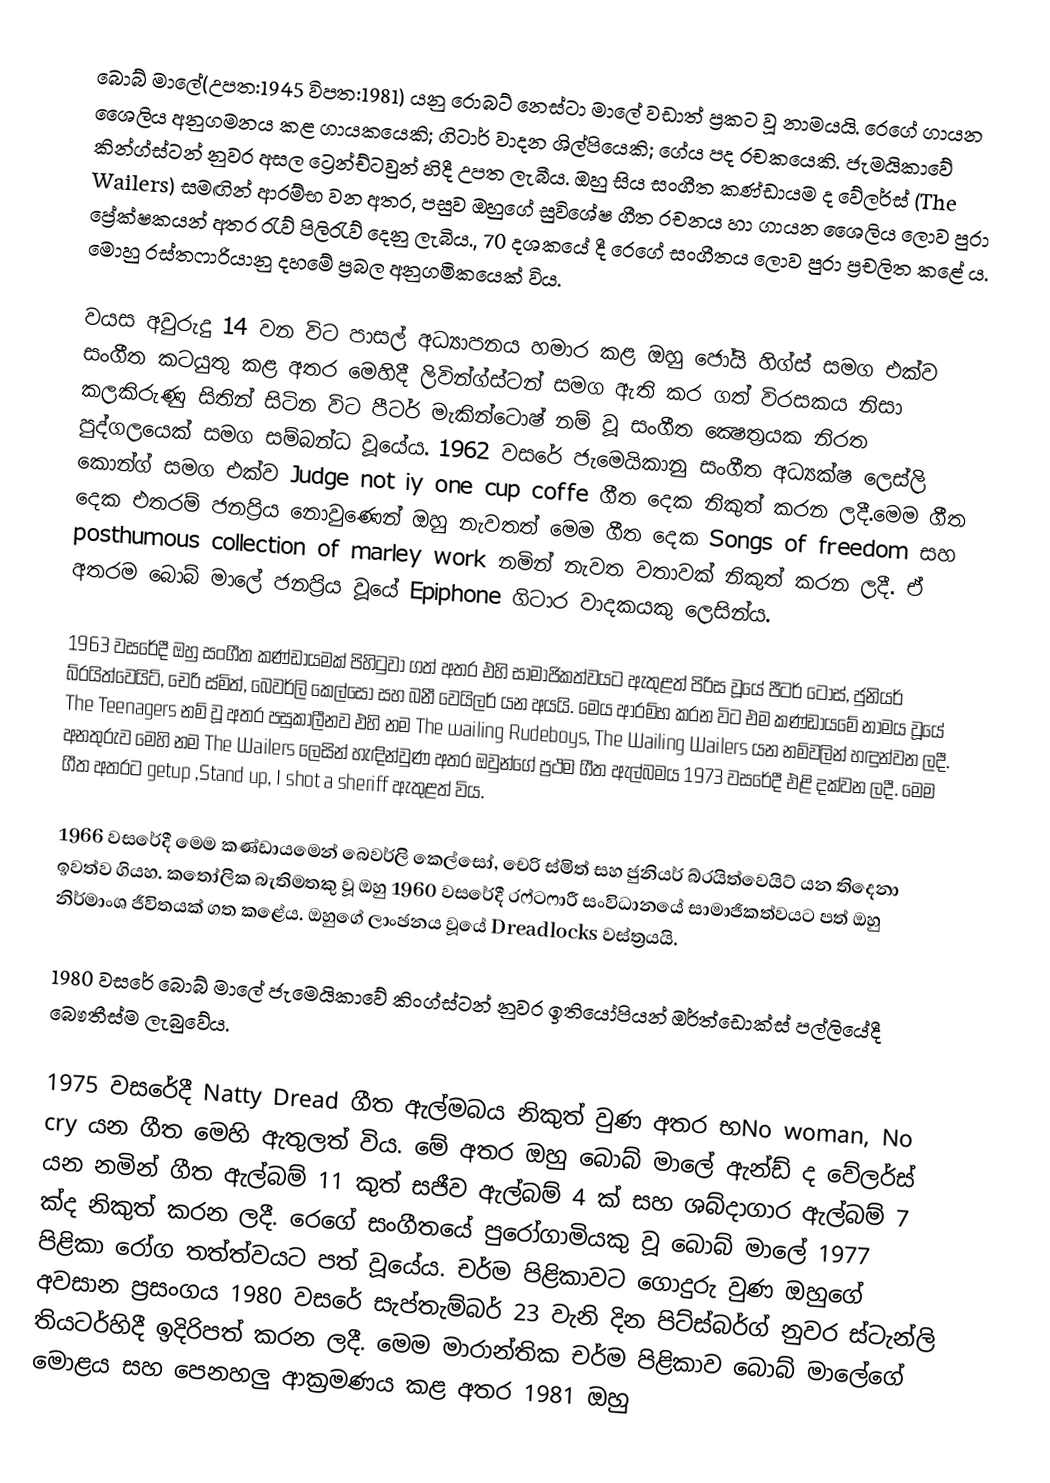
බොබ් මාලේ(උපත:1945 විපත:1981) යනු රොබට් නෙස්ටා මාලේ වඩාත් ප්‍රකට වූ නාමයයි. රෙගේ ගායන ශෛලිය අනුගමනය කළ ගායකයෙකි; ගිටාර් වාදන ශිල්පියෙකි; ගේය පද රචකයෙකි. ජැමයිකාවේ කින්ග්ස්ටන් නුවර අසල ට්‍රෙන්ච්ටවුන් හිදී උපත ලැබීය. ඔහු සිය සංගීත කණ්ඩායම ද වේලර්ස් (The Wailers) සමඟින් ආරම්භ වන අතර, පසුව ඔහුගේ සුවිශේෂ ගීත රචනය හා ගායන ශෛලිය ලොව පුරා ප්‍රේක්ෂකයන් අතර රැව් පිලිරැව් දෙනු ලැබිය., 70 දශකයේ දී රෙගේ සංගීතය ලොව පුරා ප්‍රචලිත කළේ ය​. මොහු රස්තෆාරියානු දහමේ ප්‍රබල අනුගමිකයෙක් විය​.

වයස අවුරුදු 14 වන විට පාසල් අධ්‍යාපනය හමාර කළ ඔහු ජෝයි හිග්ස්‌ සමග එක්‌ව සංගීත කටයුතු කළ අතර මෙහිදී ලිවින්ග්ස්‌ටන් සමග ඇති කර ගත් විරසකය නිසා කලකිරුණු සිතින් සිටින විට පීටර් මැකින්ටොෂ් නම් වූ සංගීත ක්‍ෂෙත්‍රයක නිරත පුද්ගලයෙක්‌ සමග සම්බන්ධ වූයේය. 1962 වසරේ ජැමෙයිකානු සංගීත අධ්‍යක්‌ෂ ලෙස්‌ලි කොන්ග් සමග එක්‌ව Judge not iy one cup coffe ගීත දෙක නිකුත් කරන ලදී.මෙම ගීත දෙක එතරම් ජනප්‍රිය නොවුණෙන් ඔහු නැවතත් මෙම ගීත දෙක Songs of freedom සහ posthumous collection of marley work නමින් නැවත වතාවක්‌ නිකුත් කරන ලදී. ඒ අතරම බොබ් මාලේ ජනප්‍රිය වූයේ Epiphone ගිටාර වාදකයකු ලෙසින්ය.

1963 වසරේදී ඔහු සංගීත කණ්‌ඩායමක්‌ පිහිටුවා ගත් අතර එහි සාමාජිකත්වයට ඇතුළත් පිරිස වූයේ පීටර් ටොස්‌, ජුනියර් බ්රයිත්වෙයිට්‌, චෙරි ස්‌මිත්, බෙවර්ලි කෙල්සෝ සහ බනී වෙයිලර් යන අයයි. මෙය ආරම්භ කරන විට එම කණ්‌ඩායමේ නාමය වූයේ The Teenagers නම් වූ අතර පසුකාලීනව එහි නම The wailing Rudeboys‚ The Wailing Wailers යන නම්වලින් හඳුන්වන ලදී. අනතුරුව මෙහි නම The Wailers ලෙසින් හැඳින්වුණ අතර ඔවුන්ගේ ප්‍රථම ගීත ඇල්බමය 1973 වසරේදී එළි දක්‌වන ලදී. මෙම ගීත අතරට getup ‚Stand up‚ I shot a sheriff ඇතුළත් විය.

1966 වසරේදී මෙම කණ්‌ඩායමෙන් බෙවර්ලි කෙල්සෝ, චෙරි ස්‌මිත් සහ ජුනියර් බ්රයිත්වෙයිට්‌ යන තිදෙනා ඉවත්ව ගියහ. කතෝලික බැතිමතකු වූ ඔහු 1960 වසරේදී රෆ්ටෆාරී සංවිධානයේ සාමාජිකත්වයට පත් ඔහු නිර්මාංශ ජීවිතයක්‌ ගත කළේය. ඔහුගේ ලාංඡනය වූයේ Dreadlocks වස්‌ත්‍රයයි. 

1980 වසරේ බොබ් මාලේ ජැමෙයිකාවේ කිංග්ස්‌ටන් නුවර ඉතියෝපියන් ඔර්ත්ඩොක්‌ස්‌ පල්ලියේදී බෞතීස්‌ම ලැබුවේය.

1975 වසරේදී Natty Dread ගීත ඇල්මබය නිකුත් වුණ අතර භNo woman‚ No cry යන ගීත මෙහි ඇතුලත් විය. මේ අතර ඔහු බොබ් මාලේ ඇන්ඩ් ද වේලර්ස්‌ යන නමින් ගීත ඇල්බම් 11 කුත් සජීව ඇල්බම් 4 ක්‌ සහ ශබ්දාගාර ඇල්බම් 7 ක්‌ද නිකුත් කරන ලදී. රෙගේ සංගීතයේ පුරෝගාමියකු වූ බොබ් මාලේ 1977 පිළිකා රෝග තත්ත්වයට පත් වූයේය. චර්ම පිළිකාවට ගොදුරු වුණ ඔහුගේ අවසාන ප්‍රසංගය 1980 වසරේ සැප්තැම්බර් 23 වැනි දින පිට්‌ස්‌බර්ග් නුවර ස්‌ටැන්ලි තියටර්හිදී ඉදිරිපත් කරන ලදී. මෙම මාරාන්තික චර්ම පිළිකාව බොබ් මාලේගේ මොළය සහ පෙනහලු ආක්‍රමණය කළ අතර 1981 ඔහු